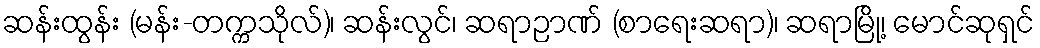
ဆန်းထွန်း (မန်း-တက္ကသိုလ်)၊ ဆန်းလွင်၊ ဆရာဉာဏ် (စာရေးဆရာ)၊ ဆရာမြို့၊ မောင်ဆုရှင်